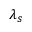
\lambda _ { s }